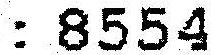
: 8554